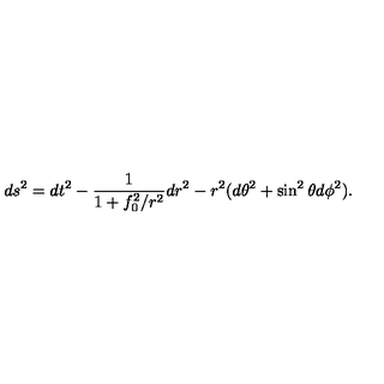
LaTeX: d s ^ { 2 } = d t ^ { 2 } - \frac { 1 } { 1 + f _ { 0 } ^ { 2 } / r ^ { 2 } } d r ^ { 2 } - r ^ { 2 } ( d \theta ^ { 2 } + \sin ^ { 2 } \theta d \phi ^ { 2 } ) .